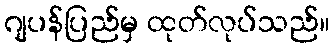
ဂျပန်ပြည်မှ ထုတ်လုပ်သည်။